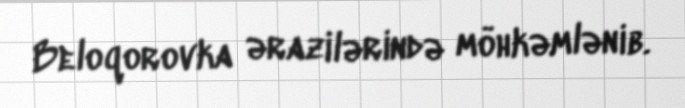
Beloqorovka ərazilərində möhkəmlənib.